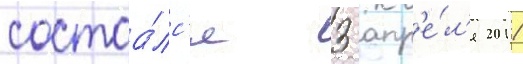
состоа́лс'я 3 апр'е́л'я 2011